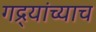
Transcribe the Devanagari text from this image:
गद्र्‍यांच्याच